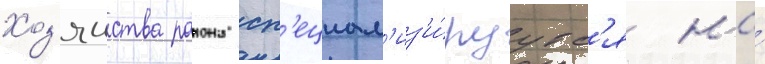
Хоз'яиства раиона сп'ециал'из'и́руутс'я на́